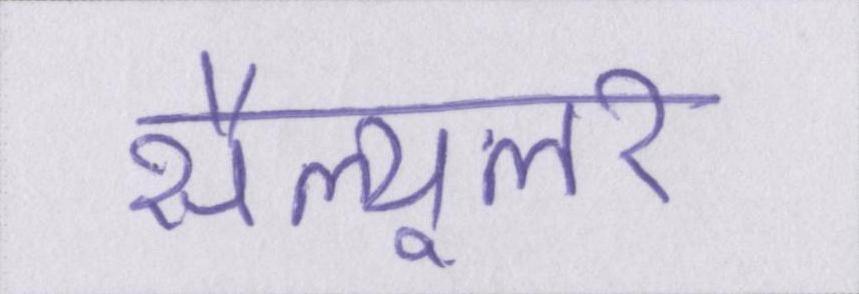
सैल्यूलर